Vaccination North-Western Provinces and Oudh 1896-1901 - 1896-1901
Year: 1896
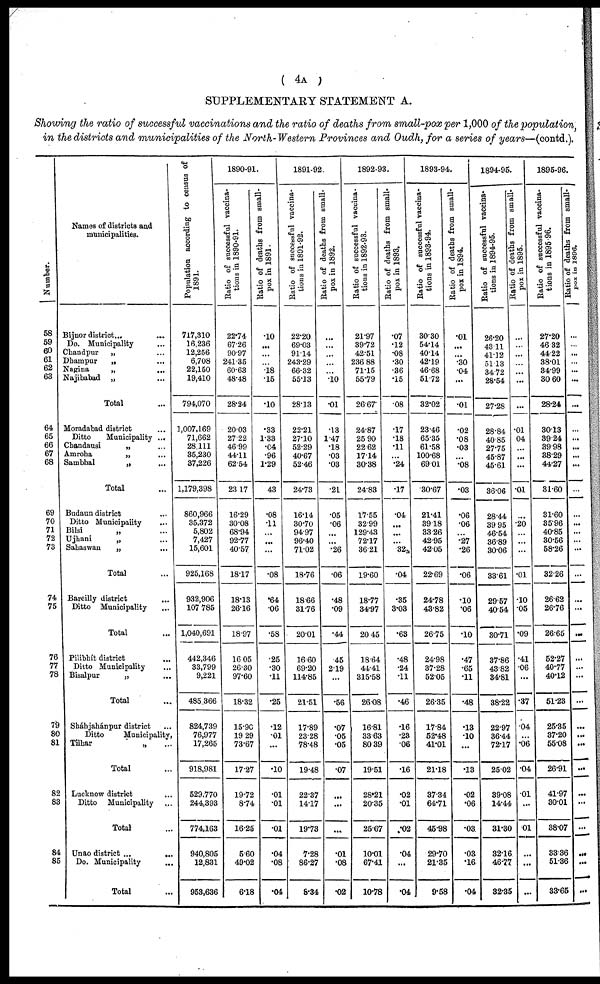
( 4A )
SUPPLEMENTARY STATEMENT A.
Showing the ratio of successful vaccinations and the ratio of deaths from small-pox per 1,000 of the population
in the districts and municipalities of the North-Western Provinces and Oudh, for a series of years—(contd.).
Number.
58
59
60
61
62
63
64
65
66
67
68
69
70
71
72
73
74
75
76
77
78
79
80
81
82
83
84
85
Names of districts and
municipalities.
Bijnor district... ...
Do. Municipality ...
Chandpur
„ ...
Dhampur
„ ...
Nagina
„ ...
Najibabad „
Total
Moradabad district ...
Ditto
Municipality ...
Chandausi
„ ...
Amroha
„ ...
Sambhal
„
...
Total ...
Budaun district
Ditto Municipaiity
Bilsi
„ ...
Ujhani
„ ...
Sahaswan
„
...
Total ...
Bareilly district
...
Ditto Municipality
Total ...
Pilibbít district ...
Ditto Municipality ...
Bisalpur
„ ...
Total ...
Sháhjahánpur district ...
Ditto
Municipality,
Tilhar
„ ...
Total ...
Lucknow district ...
Ditto Municipality
Total ...
Unao district
...
...
Do. Municipality ...
Total ...
Population according to census of
1891.
717,310
16,236
12,256
6,708
22,150
19,410
794,070
1,007,169
71,662
28,111
35,230
37,226
1,179,398
860,966
35,372
5,802
7,427
15,601
925,168
932,906
107,785
1,040,691
442,346
33,799
9,221
485,366
824,739
76,977
17,265
918,981
529,770
244,393
774,163
940,805
12,831
953,636
1890-91.
Ratio of successful vaccina-
tions in 1890-91.
22.74
67.26
90.97
241.35
60.63
48.48
28.24
20.03
27.22
46.99
44.11
62.54
23.17
16.29
30.08
68.94
92.77
40.57
18.17
18.13
26.16
18.97
16.05
26.30
97.60
18.32
1590
19.29
73.67
17.27
19.72
8.74
16.25
5.60
49.02
6.18
Ratio of deaths from small-
pox in 1891.
.10
...
...
...
.18
.15
.10
.33
1.33
.04
.96
1.29
.43
.08
.11
...
...
...
.08
.64
.06
.58
.25
.30
.11
.25
.12
.01
...
.10
.01
.01
.01
.04
.08
.04
1891-92.
Ratio of suceessful vaccina-
tions in 1891-92.
22.20
69.03
91.14
243.29
66.32
55.13
28.13
22.21
27.10
52.29
40.67
52.46
24.73
16.14
30.70
94.97
96.40
71.02
18.76
18.66
31.76
20.01
16.60
69.20
114.85
21.51
17.89
23.28
78.48
19.48
22.37
14.17
19.73
7.28
86.27
8.34
Ratio of deaths from small-
pox in 1892.
...
...
...
...
...
.10
.01
.13
1.47
.18
.03
.03
.21
.05
.06
...
...
.26
.06
.48
.09
.44
.45
2.19
...
.56
.07
.05
.05
.07
...
...
...
.01
.08
.02
1892-93.
Ratio of successful vaccina-
tions in 1892-93.
21.97
39.72
42.51
236.88
71.15
55.79
26.67
24.87
25.90
22.62
17.14
30.38
24.83
17.55
32.99
129.43
72.17
36.21
19.60
18.77
34.97
20.45
18.64
44.41
315.58
26.08
16.81
33.63
80.39
19.51
28.21
20.35
25.67
10.01
67.41
10.78
Ratio of deaths from small-
pox in 1893.
.07
.12
.08
.30
.36
.15
.08
.17
.18
.11
...
.24
.17
.04
...
...
...
.32
.04
.35
3.03
.63
.48
.24
.11
.46
.16
.23
.06
.16
.02
.01
.02
.04
...
.04
1893-94.
Ratio of successful vaccina-
tions in 1893-94.
30.30
54.14
40.14
42.19
46.68
51.72
32.02
23.46
65.35
61.58
100.68
69.01
30.67
21.41
39.18
33.26
42.95
42.05
22.69
24.78
43.82
26.75
24.98
37.28
52.05
26.35
17.84
52.48
41.01
21.18
37.34
64.71
45.98
29.70
21.35
9.58
Ratio of deaths f r om small-
pox in 1894.
.01
...
...
.30
.04
...
.01
.02
.08
.03
...
.08
.03
.06
.06
...
.27
.26
.06
.10
.06
.10
.47
.65
.11
.48
.13
.10
...
.13
.02
.06
.03
.03
.16
.04
1894-95.
Ratio of successful vaccina¬
tions in 1894-95.
26.20
43.11
41.12
51.13
34.72
28.54
27.28
28.84
40.85
27.75
45.87
45.61
36.06
28.44
39.95
46.54
36.89
30.06
33.61
29.57
40.54
30.71
37.86
43.82
34.81
38.22
22.97
36.44
72.17
25.02
39.08
14.44
31.30
32.16
46.77
32.35
Ratio of deaths from small
pox in 1895.
...
...
...
...
...
...
...
.01
04
...
...
...
.01
...
.20
...
...
...
.01
.10
.05
.09
.41
.06
...
.37
.04
...
.06
.04
.01
...
.01
...
...
...
1895-96.
Ratio of successful vaccina-
tions in 1895-96.
27.20
46.32
44.22
38.01
34.99
30.60
28.24
30.13
39.24
39.98
38.29
44.27
31.60
31.60
35.96
40.85
30.56
58.26
32.26
26.62
26.76
26.65
52.27
40.77
40.12
51.23
25.35
37.20
55.08
26.91
41.97
30.01
38.07
33.36
51.36
33.65
Ratio
of
successful
vaccina¬
pox
in
1896.
...
...
...
...
...
...
...
...
...
...
...
...
...
...
...
...
...
...
...
...
...
...
...
...
...
...
...
...
...
...
...
...
...
...
...
...